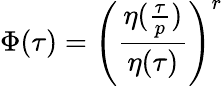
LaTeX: \Phi(\tau)=\left(\frac{\eta(\frac{\tau}{p})}{\eta(\tau)}\right)^{r}